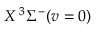
X \, { } ^ { 3 } \Sigma ^ { - } ( v = 0 )